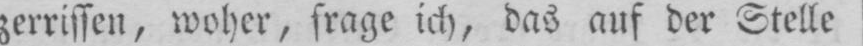
zerrissen, woher, frage ich, das auf der Stelle